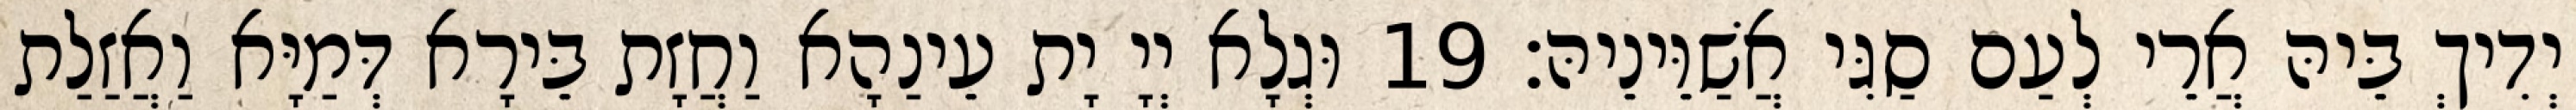
יְדִיךְ בֵּיהּ אֲרֵי לְעַם סַגִּי אֲשַׁוֵּינֵיהּ׃ 19 וּגְלָא יְיָ יָת עֵינַהָא וַחֲזָת בֵּירָא דְּמַיָּא וַאֲזַלַת